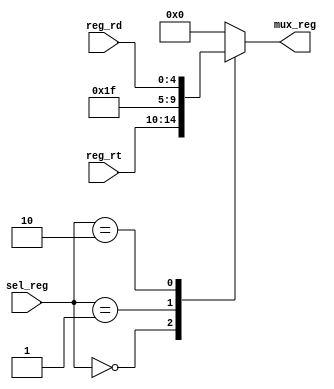
module reg_dst_mux  #(
    parameter       NBITS       =   5           ,
    parameter       SELBITS     =   2
    )
    (
    //Entradas
    input   wire    [NBITS-1:0]     reg_rt      ,
    input   wire    [NBITS-1:0]     reg_rd      ,
    //input   wire    [NBITS-1:0]     reg_31      ,
    input   wire    [SELBITS-1:0]   sel_reg     ,
    //Outputs
    output  wire    [NBITS-1:0]     mux_reg
    );
    
    localparam  [SELBITS-1:0]
        RT          =   2'b00   ,
        R31         =   2'b01   ,
        RD          =   2'b10   ;
    reg     [NBITS-1:0] reg_tmp     ;
    
    always  @(*)
    begin
        case(sel_reg)
            RT          :   reg_tmp     =   reg_rt      ;
            R31         :   reg_tmp     =   5'd31       ;
            RD          :   reg_tmp     =   reg_rd      ;
            default     :   reg_tmp     =   5'b00000    ;
        endcase
    end
    
    assign  mux_reg     =   reg_tmp     ;
    
endmodule